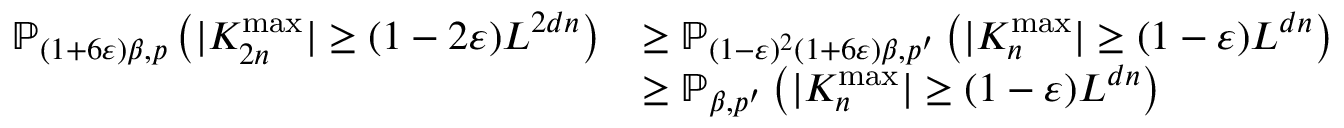
\begin{array} { r l } { \mathbb { P } _ { ( 1 + 6 \varepsilon ) \beta , p } \left( | K _ { 2 n } ^ { \mathrm { m a x } } | \geq ( 1 - 2 \varepsilon ) L ^ { 2 d n } \right) } & { \geq \mathbb { P } _ { ( 1 - \varepsilon ) ^ { 2 } ( 1 + 6 \varepsilon ) \beta , p ^ { \prime } } \left( | K _ { n } ^ { \mathrm { m a x } } | \geq ( 1 - \varepsilon ) L ^ { d n } \right) } \\ & { \geq \mathbb { P } _ { \beta , p ^ { \prime } } \left( | K _ { n } ^ { \mathrm { m a x } } | \geq ( 1 - \varepsilon ) L ^ { d n } \right) } \end{array}